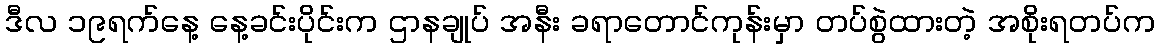
ဒီလ ၁၉ရက်နေ့ နေ့ခင်းပိုင်းက ဌာနချုပ် အနီး ခရာတောင်ကုန်းမှာ တပ်စွဲထားတဲ့ အစိုးရတပ်က